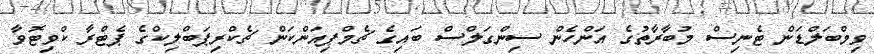
ވިމްބަލްޑަން ޓެނިސް މުބާރާތުގެ އަންހެން ސިންގަލްސް ބައިގެ ޗެމްޕިއަންކަން ޗެކްރިޕަބްލިކްގެ ޕެޓްރާ ކްވިޓޮވާ